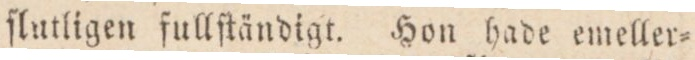
ſlutligen fullſtändigt. Hon hade emeller=